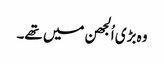
وہ بڑی اُلجھن میں تھے۔